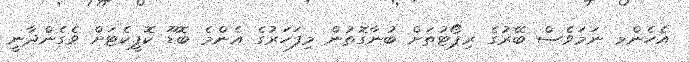
އެހެންމ ނަމަވެސް ބޭރުގެ ރިޕޯޓުތަށް ބުނާގޮތުން މިފަހަރުގެ އެންމެ ބޮޑޫ ކޮޕީކެޓަށް ވެގެންދާނީ